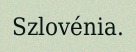
Szlovénia.